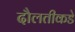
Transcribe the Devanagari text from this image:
दौलतीकडे